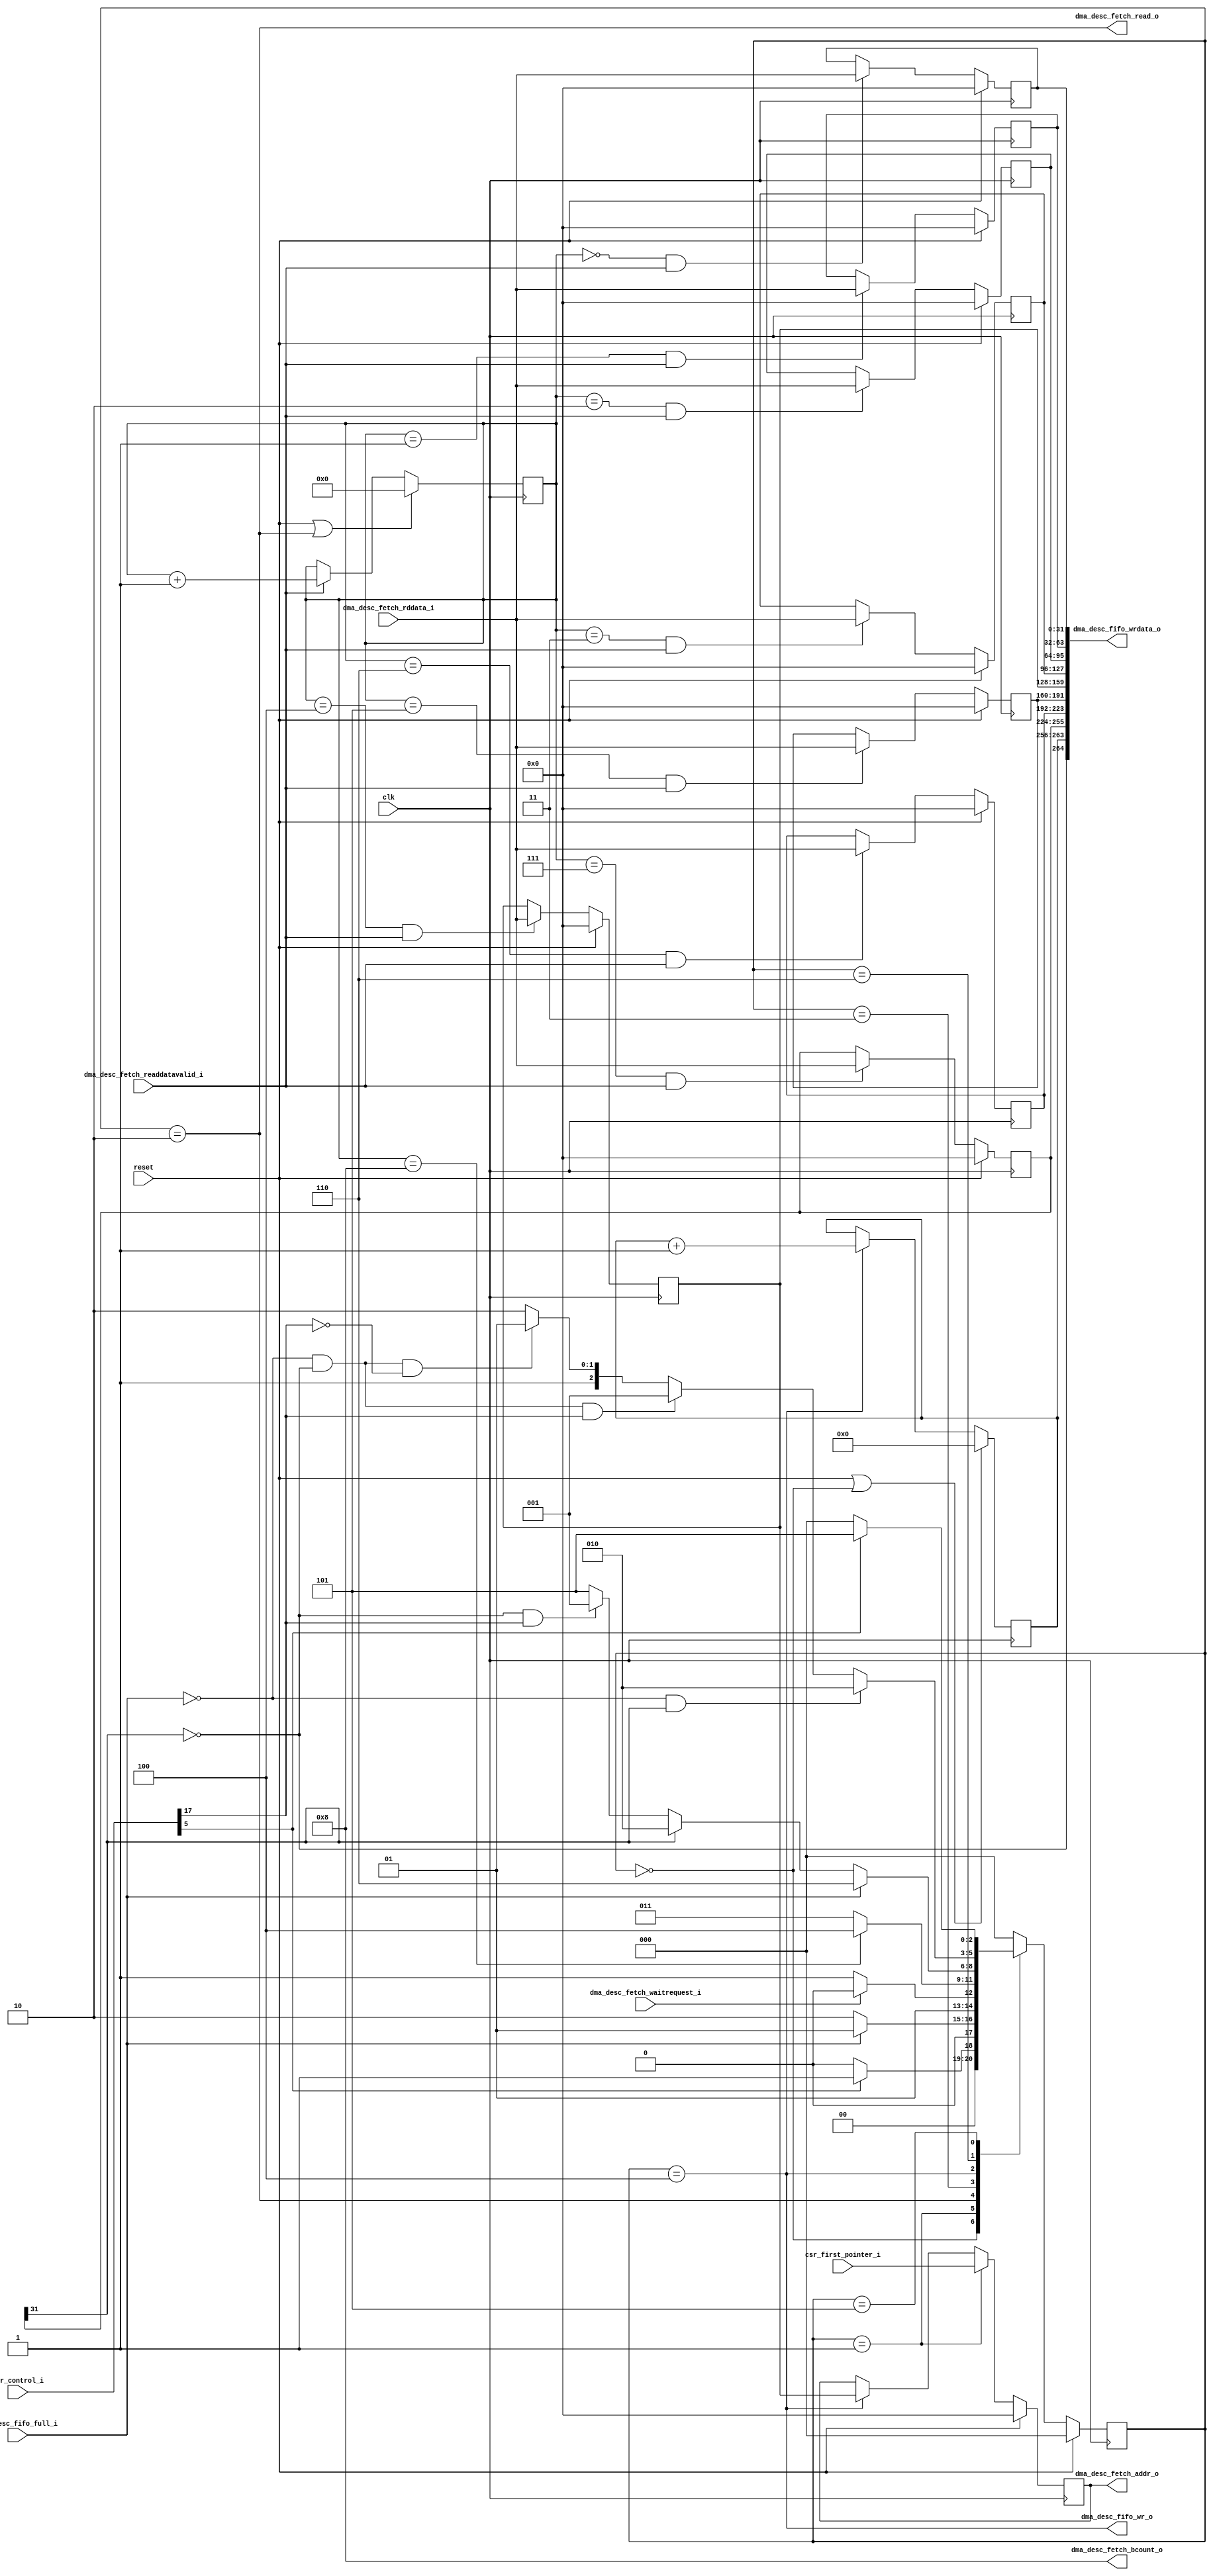
module dma_desc_fetch
(
    input clk,
    input reset,

    //From CSR
    input [31:0] csr_control_i,
    input [31:0] csr_first_pointer_i,

    //To AVMM master to descriptor memory
    output dma_desc_fetch_read_o, 
    output [3:0] dma_desc_fetch_bcount_o,
    output [31:0] dma_desc_fetch_addr_o,

    //From AVMM descriptor slave to master
    input dma_desc_fetch_waitrequest_i,
    input [31:0] dma_desc_fetch_rddata_i,
    input dma_desc_fetch_readdatavalid_i,

    //To descriptor fifo
    output dma_desc_fifo_wr_o,
    output [264:0] dma_desc_fifo_wrdata_o,

    //From descriptor fifo
    input dma_desc_fifo_full_i
);

//Internal signals
reg [2:0] current_state;
reg [2:0] next_state;

wire owned_by_hw;
wire park;
wire run;
reg [3:0] desc_burst_counter;

wire idle_state;
wire ld_first_ptr_state;
wire send_read_state;
wire check_desc_state;

reg [31:0] desc_reg [0:7];

reg [31:0] desc_addr_register;

reg [7:0] desc_ID;

//state machine
localparam IDLE = 3'b000;
localparam LD_FIRST_PTR = 3'b001;
localparam SEND_READ = 3'b010;
localparam WAIT_DATA = 3'b011;
localparam CHECK_DESC = 3'b100;
localparam WAIT_RUN_CLR = 3'b101;
localparam FIFO_WAIT = 3'b110;

always @ (posedge clk)
    if(reset)
        current_state <= IDLE;
    else
        current_state <= next_state;

always @*
    case(current_state)
        IDLE:
            if(run)
                next_state <= LD_FIRST_PTR;
            else
                next_state <= IDLE;

        LD_FIRST_PTR:
            if(~dma_desc_fifo_full_i)
                next_state <= SEND_READ;
            else
                next_state <= LD_FIRST_PTR;

        SEND_READ:
            if(dma_desc_fetch_waitrequest_i)
                next_state <= SEND_READ;
            else
                next_state <= WAIT_DATA;
        
        WAIT_DATA:
            if(desc_burst_counter == 4'b1000)
                next_state <= CHECK_DESC;
            else
                next_state <= WAIT_DATA;
        
        CHECK_DESC:
            if(dma_desc_fifo_full_i)
                next_state <= FIFO_WAIT;
            else if(owned_by_hw == 1'b1)
                next_state <= SEND_READ;
            else if((~owned_by_hw) & (park))
                next_state <= LD_FIRST_PTR;
            else
                next_state <= WAIT_RUN_CLR;
                
        FIFO_WAIT:
            if(~dma_desc_fifo_full_i & owned_by_hw)
                next_state <= SEND_READ;
            else if(~dma_desc_fifo_full_i & ~owned_by_hw & park)
                next_state <= LD_FIRST_PTR;
            else if (~dma_desc_fifo_full_i & ~owned_by_hw & ~park)
                next_state <= WAIT_RUN_CLR;
            else
                next_state <= FIFO_WAIT;
        
        WAIT_RUN_CLR:
            if(run == 1'b0)
                next_state <= IDLE;
            else
                next_state <= WAIT_RUN_CLR;
        default:
            next_state <= IDLE;
    endcase

//State machine signal assignemnt
assign idle_state = (current_state[2:0] == IDLE);
assign ld_first_ptr_state = (current_state[2:0] == LD_FIRST_PTR);
assign send_read_state = (current_state[2:0] == SEND_READ);
assign check_desc_state = (current_state[2:0] == CHECK_DESC);

//Burst counter
always @ (posedge clk)
    if(reset | send_read_state)
        desc_burst_counter <= 4'h0;
    else if(dma_desc_fetch_readdatavalid_i)
        desc_burst_counter <= desc_burst_counter + 1'b1;
    else
        desc_burst_counter <= desc_burst_counter;

//ID counter
always @ (posedge clk)
    if(reset | idle_state)
        desc_ID[7:0] <= 7'h0;
    else if(check_desc_state)
        desc_ID[7:0] <= desc_ID[7:0] + 7'h1;
    else
        desc_ID[7:0] <= desc_ID[7:0];

//Descriptor collection
genvar i;

generate
for (i=0; i<8; i=i+1)
    begin: DESC_COLs
       always @ (posedge clk)
        if(reset)
            desc_reg[i][31:0] <= 32'h0;
        else if(desc_burst_counter == i & dma_desc_fetch_readdatavalid_i)
            desc_reg[i][31:0] <= dma_desc_fetch_rddata_i[31:0]; 
    end
endgenerate

assign owned_by_hw = desc_reg[7][31];
assign park = csr_control_i[17];
assign run = csr_control_i[5];

//Address register
always @ (posedge clk)
    if(reset)
        desc_addr_register <= 32'h0;
    else if(ld_first_ptr_state)
        desc_addr_register <= csr_first_pointer_i;
    else if(check_desc_state)
        desc_addr_register <= desc_reg[4];

assign dma_desc_fetch_addr_o = desc_addr_register;
assign dma_desc_fetch_read_o = send_read_state;
assign dma_desc_fetch_bcount_o = 4'h8;

assign dma_desc_fifo_wr_o = check_desc_state;
assign dma_desc_fifo_wrdata_o[264:0] = {~owned_by_hw, desc_ID[7:0], desc_reg[7], desc_reg[6], desc_reg[5], desc_reg[4],
desc_reg[3], desc_reg[2], desc_reg[1], desc_reg[0]};

endmodule